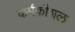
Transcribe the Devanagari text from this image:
कर्मकौशल